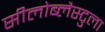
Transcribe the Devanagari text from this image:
सीलोब्लैस्टुला